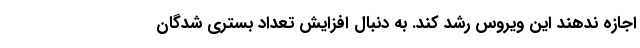
اجازه ندهند این ویروس رشد کند. به دنبال افزایش تعداد بستری شدگان